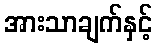
အားသာချက်နှင့်